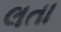
લતા